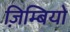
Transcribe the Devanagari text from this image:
ज़िम्बियो